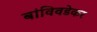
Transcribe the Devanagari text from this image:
बांविवडेकर